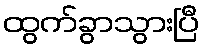
ထွက်ခွာသွားပြီ